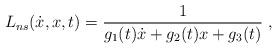
LaTeX: \begin{align*} L_{ns}(\dot{x},x,t)={\frac{1}{g_1(t)\dot{x}+g_2(t) x +g_3(t)}}\ ,\end{align*}